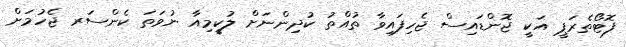
ފޮޓޯތެރަޕީ އަކީ ޖޮންޑައިސް ޖެހިފައިވާ ތުއްތު ކުދިންނަށް ލުކީމިއާ ނުވަތަ ކެންސަރ ޖެހުމަށް